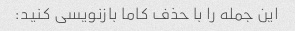
این جمله را با حذف کاما بازنویسی کنید: